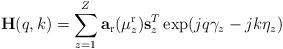
LaTeX: \begin{align*} \mathbf{H}(q,k)=\sum_{z=1}^{Z}\mathbf{a}_{\mathrm{r}}(\mu^{\mathrm{r}}_{z})\mathbf{s}^T_z\exp(jq\gamma_{z}-jk\eta_z)\end{align*}